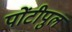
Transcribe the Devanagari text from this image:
पोंटीपुल